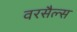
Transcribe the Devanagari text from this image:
वरसैल्स